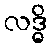
လဒ္ဓိ